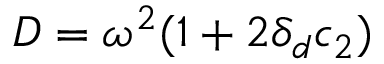
D = \omega ^ { 2 } ( 1 + 2 \delta _ { d } c _ { 2 } )